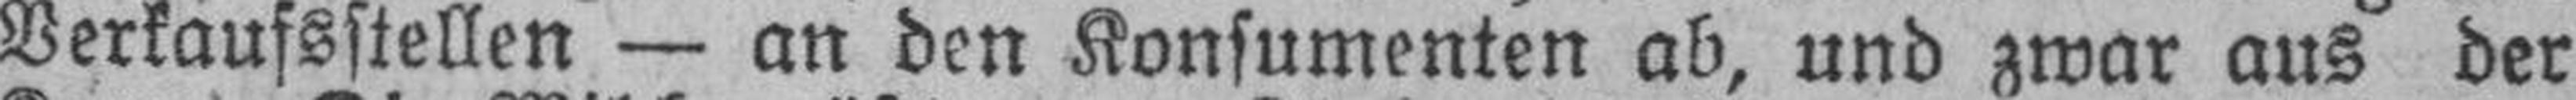
Verkaufsstellen — an den Konsumenten ab, und zwar aus der